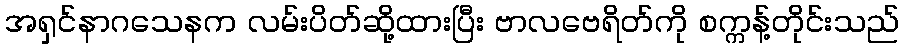
အရှင်နာဂသေနက လမ်းပိတ်ဆို့ထားပြီး ဗာလဗေရိတ်ကို စက္ကန့်တိုင်းသည်